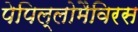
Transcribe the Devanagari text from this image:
पेपिल्लोमैविरस